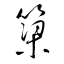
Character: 簗